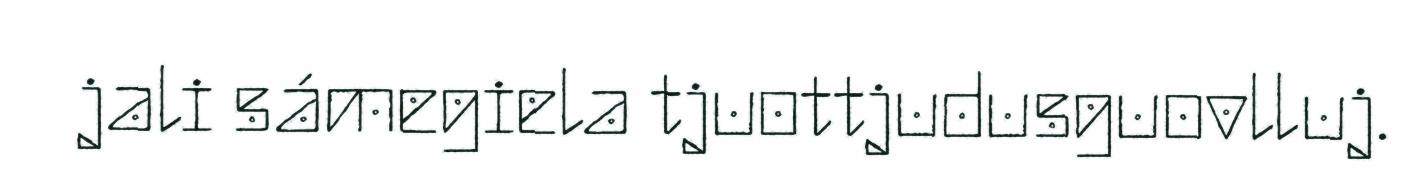
jali sámegiela tjuottjudusguovlluj.